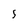
Character: 5